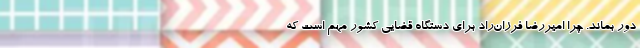
دور بماند. چرا امیررضا فرزان‌راد برای دستگاه قضایی کشور مهم است که